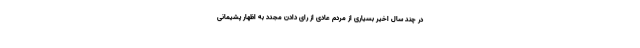
در چند سال اخیر بسیاری از مردم عادی از رای دادن مجدد به اظهار پشیمانی